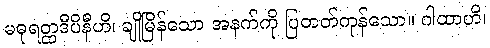
မဓုရတ္ထဒီပိနီဟိ၊ ချိုမြိန်သော အနက်ကို ပြတတ်ကုန်သော။ ဂါထာဟိ၊